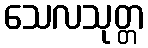
သေလသုတ္တ